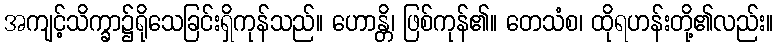
အကျင့်သိက္ခာ၌ရိုသေခြင်းရှိကုန်သည်။ ဟောန္တိ၊ ဖြစ်ကုန်၏။ တေသံစ၊ ထိုရဟန်းတို့၏လည်း။